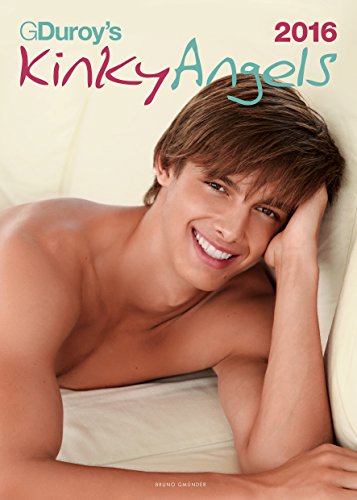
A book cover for Kinky Angels; Arts & Photography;